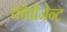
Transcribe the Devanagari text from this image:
कोपीजेन्ट